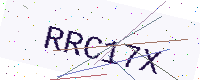
Text: RRC17X